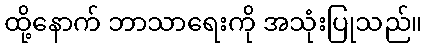
ထို့နောက် ဘာသာရေးကို အသုံးပြုသည်။